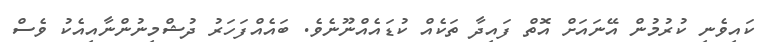
ކައިވެނި ކުރުމުން އޭނައަށް އޮތް ފައިދާ ތަކެއް ކުޑައެއްނޫނެވެ. ބައެއްފަހަރު ދުޝްމިނުންނާއިއެކު ވެސް